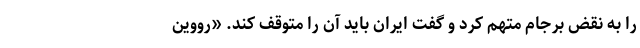
را به نقض برجام متهم کرد و گفت ایران باید آن را متوقف کند. «رووین